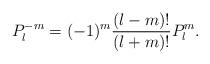
LaTeX: \begin{align*}P_{l}^{-m}=(-1)^{m}\frac{(l-m)!}{(l+m)!}P_{l}^{m} .\end{align*}